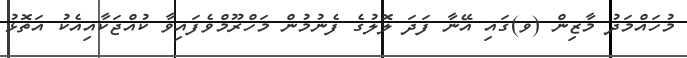
މުހައްމަދު މާޒިން (ވ)ގައި އޭނާ ފަދަ ލޮލުގެ ފެނުމުން މަހްރޫމްވެފައިވާ ކުއްޖަކާއިއެކު އަތޮޅު